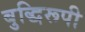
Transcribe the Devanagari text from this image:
बुद्धिरूपी